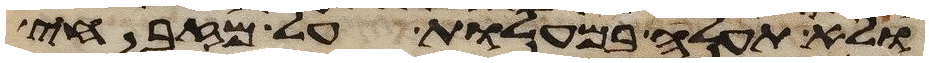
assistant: ולא תעלה במעלות על מזבחי